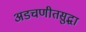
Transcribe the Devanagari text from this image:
अडचणीतसुद्धा